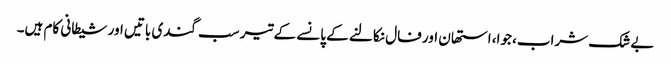
بے شک شراب، جوا، استھان اور فال نکالنے کے پانسے کے تیر سب گندی باتیں اور شیطانی کام ہیں۔